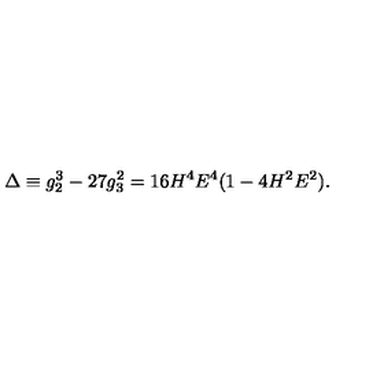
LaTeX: \Delta \equiv g _ { 2 } ^ { 3 } - 2 7 g _ { 3 } ^ { 2 } = 1 6 H ^ { 4 } E ^ { 4 } ( 1 - 4 H ^ { 2 } E ^ { 2 } ) .